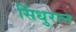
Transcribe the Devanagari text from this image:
सिंधुरत्‍न